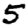
Digit: 5